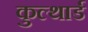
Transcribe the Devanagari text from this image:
कुल्थार्ड